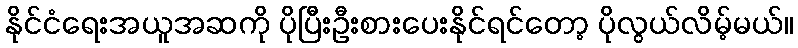
နိုင်ငံရေးအယူအဆကို ပိုပြီးဦးစားပေးနိုင်ရင်တော့ ပိုလွယ်လိမ့်မယ်။